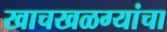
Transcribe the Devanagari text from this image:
खाचखळग्यांचा